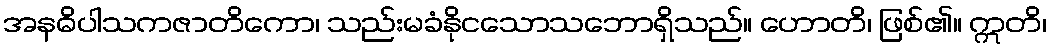
အနဓိပါသကဇာတိကော၊ သည်းမခံနိုငသောသဘောရှိသည်။ ဟောတိ၊ ဖြစ်၏။ ဣတိ၊